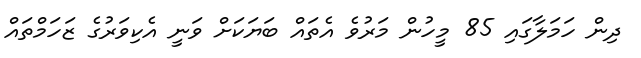
ދިން ހަމަލާގައި 85 މީހުން މަރުވެ އެތައް ބަޔަކަށް ވަނީ އެކިވަރުގެ ޒަހަމްތައް